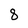
Character: 8